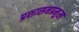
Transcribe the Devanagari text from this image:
प्रशासनप्रमुख